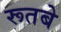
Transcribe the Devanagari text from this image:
रूतबे